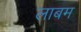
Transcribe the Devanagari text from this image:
लाबम